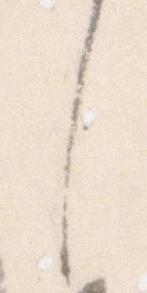
し